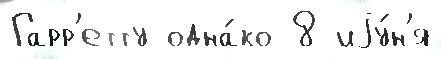
Гарр'етту одна́ко 8 иjу́н'я